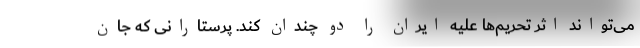
می‌تواند اثر تحریم‌ها علیه ایران را دو چندان کند. پرستارانی که جان